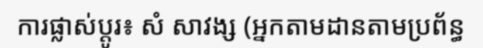
ការផ្លាស់ប្តូរ៖ សំ សាវង្ស (អ្នកតាមដានតាមប្រព័ន្ធ